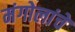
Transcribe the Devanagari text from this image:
मंगोलांचे